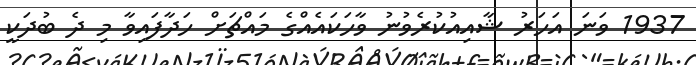
1937 ވަނަ އަހަރު ޝާއިއުކުރެވުނު ވާހަކައެއްގެ މައްޗަށް ހަދާފައިވާ މި ދެ ބުދަކީ